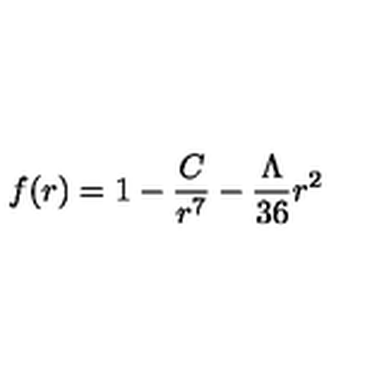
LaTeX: f ( r ) = 1 - \frac { C } { r ^ { 7 } } - \frac { \Lambda } { 3 6 } r ^ { 2 }